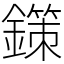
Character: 鏼